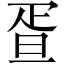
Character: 疍